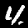
Digit: 4